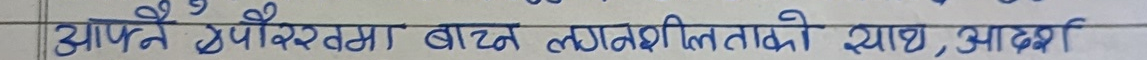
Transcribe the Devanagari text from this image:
आफ्नो उद्देश्यमा बाधक तत्वहरुको साथ, आदर्श